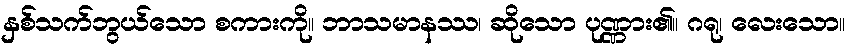
နှစ်သက်ဘွယ်သော စကားကို။ ဘာသမာနဿ၊ ဆိုသော ပုဏ္ဏား၏။ ဂရု၊ လေးသော။